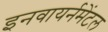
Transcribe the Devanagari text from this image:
इनवायर्नमेंटल